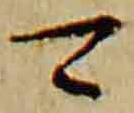
可